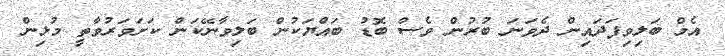
އެމް ބަލިވިފަދައިން ދެވަނަ ބުރުން ވެސް ބޮޑު ބައްޔަކުން ބަލިވާނޭކަން ކަށަވަރުވާތީ މުޅިން